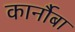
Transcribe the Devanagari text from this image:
कार्नौबा